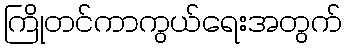
ကြိုတင်ကာကွယ်ရေးအတွက်